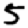
Digit: 5